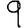
Digit: 9